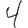
Digit: 4